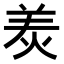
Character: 𤈩